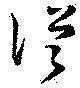
從